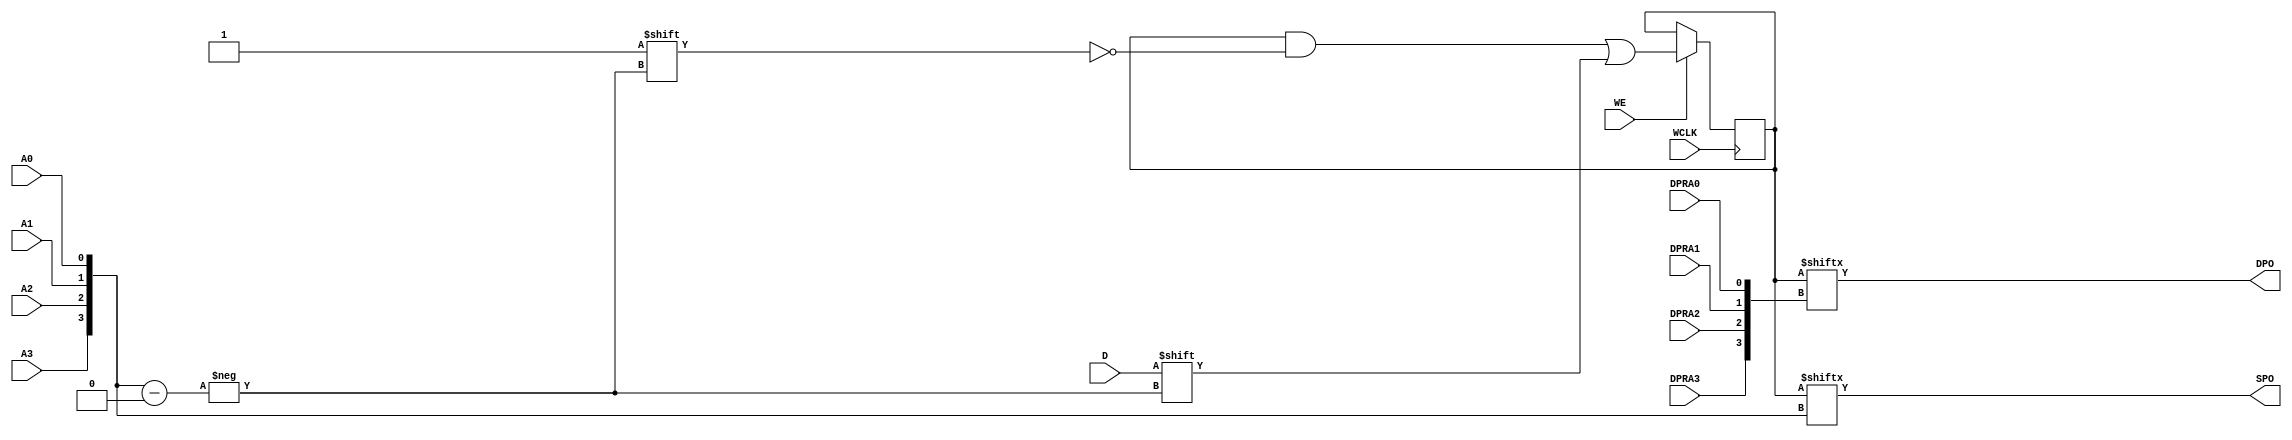
module RAM16X1D (DPO, SPO, A0, A1, A2, A3, D, DPRA0, DPRA1, DPRA2, DPRA3, WCLK, WE);

    parameter INIT = 16'h0000;

    output DPO, SPO;

    input  A0, A1, A2, A3, D, DPRA0, DPRA1, DPRA2, DPRA3, WCLK, WE;

    reg  [15:0] mem;
    wire [3:0] adr;

    assign adr = {A3, A2, A1, A0};
    assign SPO = mem[adr];
    assign DPO = mem[{DPRA3, DPRA2, DPRA1, DPRA0}];

    initial 
        mem = INIT;

    always @(posedge WCLK) 
        if (WE == 1'b1)
            mem[adr] <= #100 D;

endmodule